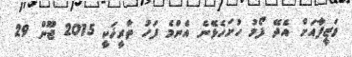
ވަޒީފާއަށް އެދޭ ފޯމު ހުށަހެޅޭނެ އެންމެ ފަހު ތާރީޚަކީ 2015 ޖޫން 29